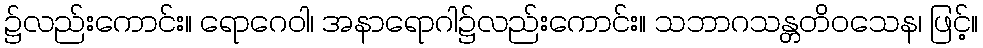
၌လည်းကောင်း။ ရောဂေဝါ၊ အနာရောဂါ၌လည်းကောင်း။ သဘာဂသန္တတိဝသေန၊ ဖြင့်။